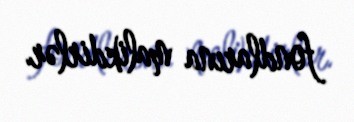
fondlarına malikdirlər.